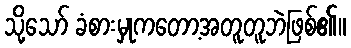
သို့သော် ခံစားမှုကတော့အတူတူဘဲဖြစ်၏။